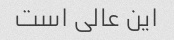
این عالی است